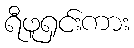
ရီဖူရှင်းကား